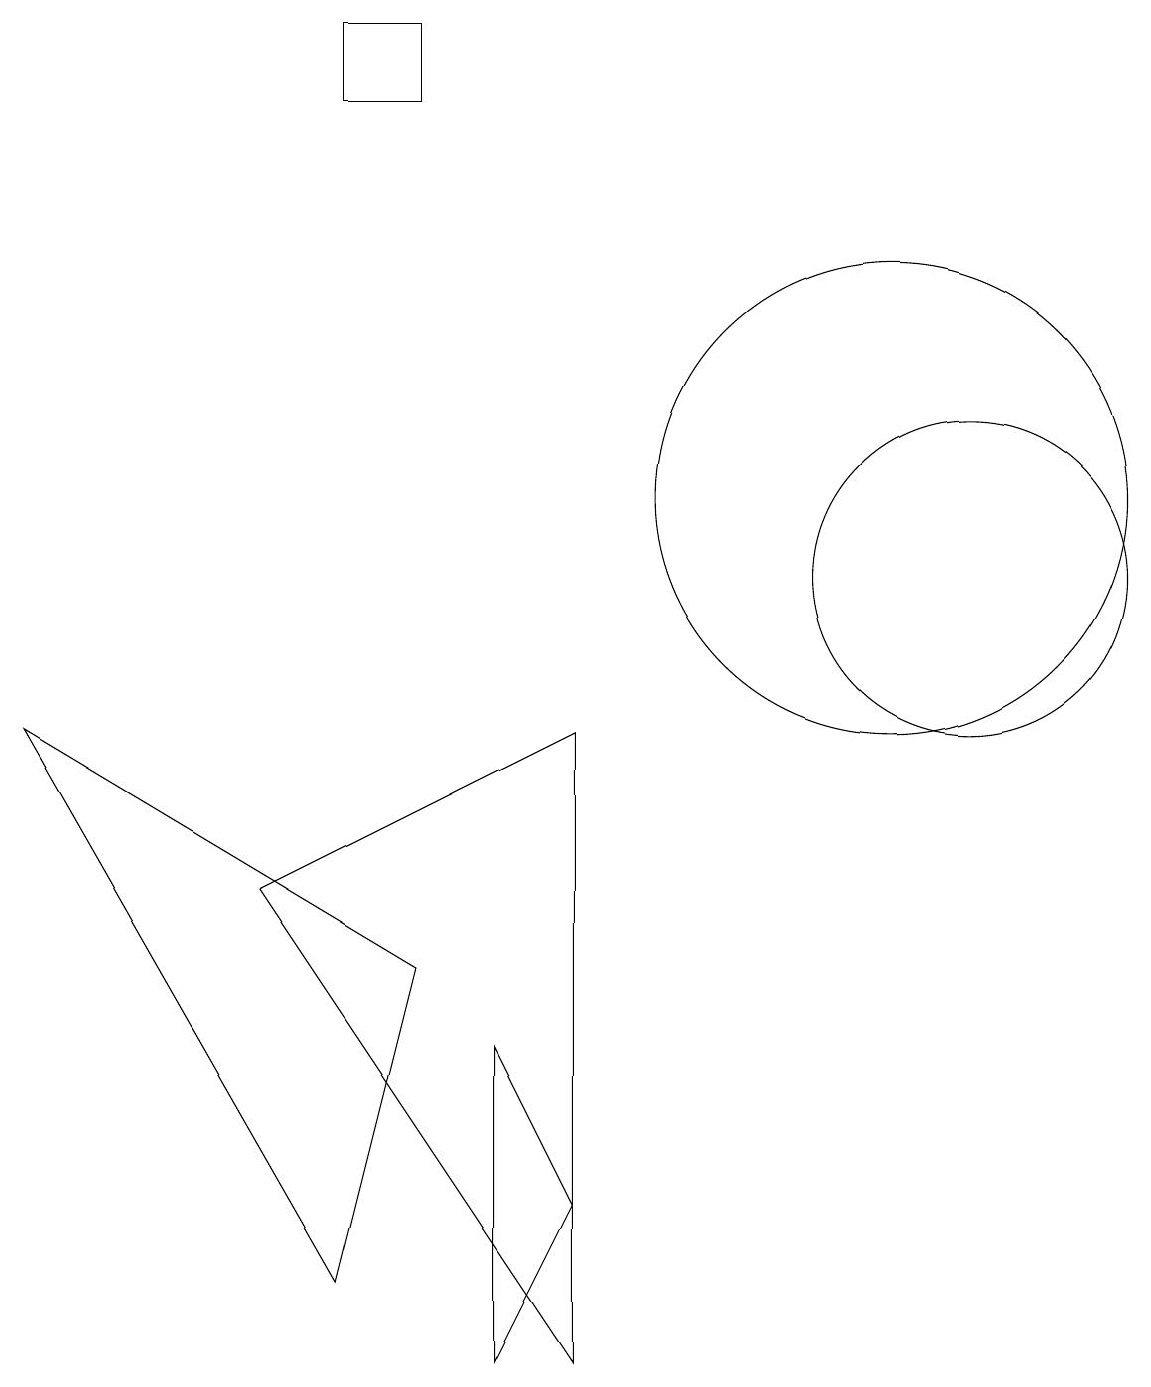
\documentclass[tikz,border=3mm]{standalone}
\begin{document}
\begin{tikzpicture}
\draw (12,10) circle (2);
\draw (6,4) -- (6,0) -- (7,2) -- cycle;
\draw (4,16) rectangle (5,17);
\draw (3,6) -- (7,0) -- (7,8) -- cycle;
\draw (11,11) circle (0);
\draw (11,11) circle (3);
\draw (5,5) -- (0,8) -- (4,1) -- cycle;
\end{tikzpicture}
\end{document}